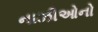
નાઝીઓનો